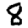
Digit: 8